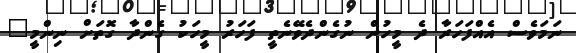
ނަމަވެސް އެއްފަހަރާ ދެ މީހުން ނުގެންދެވޭނެތީ ފަހަރު މީހަކު ގެންދާ ގޮތަށް ނިންމީ"